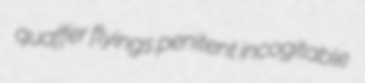
quaffer flyings penitent incogitable